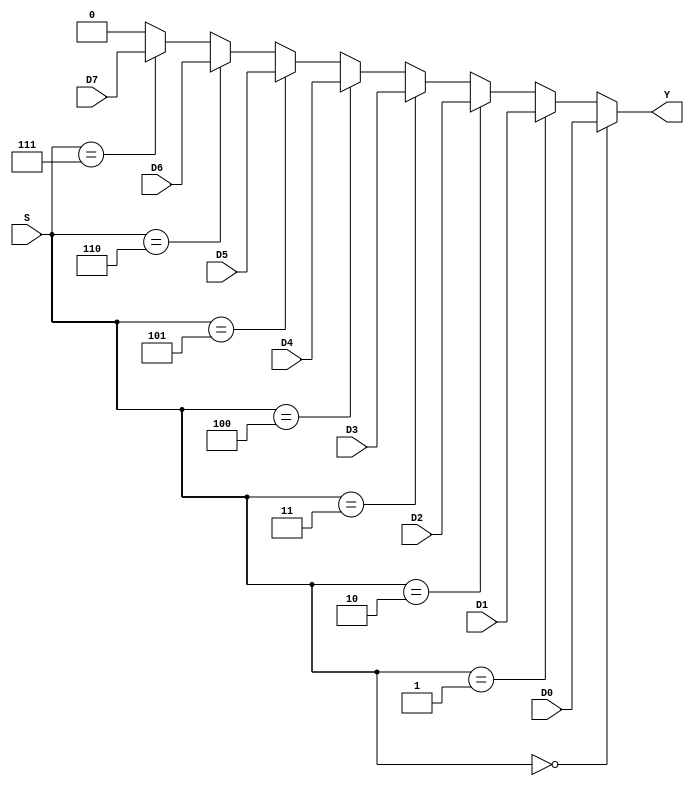
module mux8_1( D0,D1,D2,D3,D4,D5,D6,D7,S,Y);
  input D0,D1,D2,D3,D4,D5,D6,D7;
  input [2:0]S;
  output reg Y;
always @( * ) 
begin
 if (S==3'b000) Y=D0;
else if (S==3'b001) Y=D1; 
else if (S==3'b010) Y=D2;
else if (S==3'b011) Y=D3; 
else if (S==3'b100) Y=D4; 
else if (S==3'b101) Y=D5; 
else if (S==3'b110) Y=D6;
else if (S==3'b111) Y=D7;
else Y=0;
end
endmodule